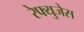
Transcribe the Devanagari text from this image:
रेफ्युजेस